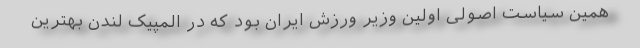
همین سیاست اصولی اولین وزیر ورزش ایران بود که در المپیک لندن بهترین